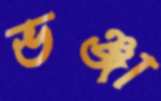
ভঞ্জা